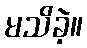
မသိခဲ့။